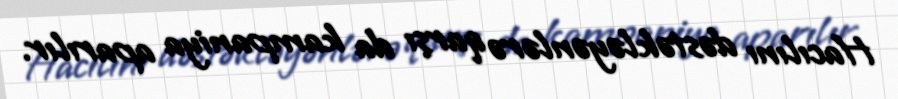
Hacılını dəstəkləyənlərə qarşı da kampaniya aparılır.